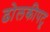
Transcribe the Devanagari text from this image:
ढोलकीपटू